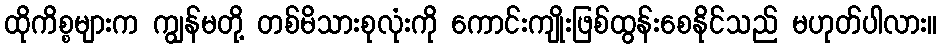
ထိုကိစ္စများက ကျွန်မတို့ တစ်မိသားစုလုံးကို ကောင်းကျိုးဖြစ်ထွန်းစေနိုင်သည် မဟုတ်ပါလား။